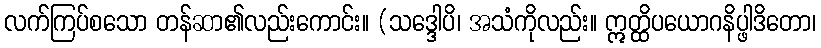
လက်ကြပ်စသော တန်ဆာ၏လည်းကောင်း။ (သဒ္ဒေါပိ၊ အသံကိုလည်း။ ဣတ္ထိပယောဂနိပ္ဖါဒိတော၊